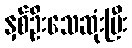
နှစ်ဦးသေဆုံးပြီး